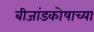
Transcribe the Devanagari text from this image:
बीजांडकोषाच्या